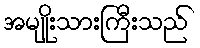
အမျိုးသားကြီးသည်